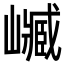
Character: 𡽴